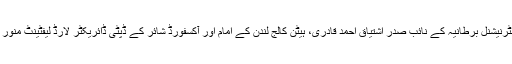
منہاج القرآن انٹرنیشنل کے سیکرٹری جنرل ڈاکٹر رحیق احمد عباسی، منہاج القرآن انٹرنیشنل برطانیہ کے نائب صدر اشتیاق احمد قادری، ہیٹن کالج لندن کے امام اور آکسفورڈ شائر کے ڈپٹی ڈائریکٹر لارڈ لیفٹینٹ منور حسین اور منہاج القرآن انٹرنیشنل لندن سے شاہد مرسلین بھی اس وفد میں شامل تھے۔